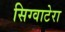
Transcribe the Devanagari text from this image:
सिग्वाटेरा